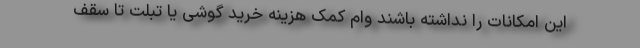
این امکانات را نداشته باشند وام کمک هزینه خرید گوشی یا تبلت تا سقف